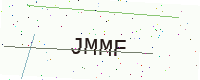
Text: JMMF